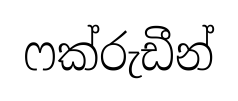
ෆක්රුඩීන්